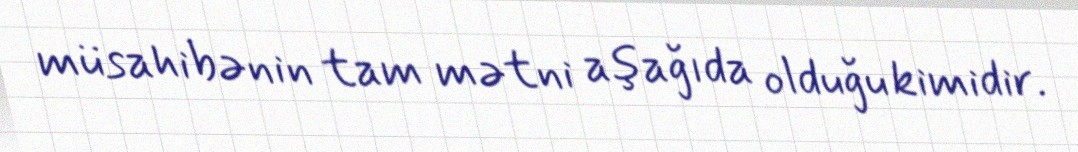
müsahibənin tam mətni aşağıda olduğu kimidir.